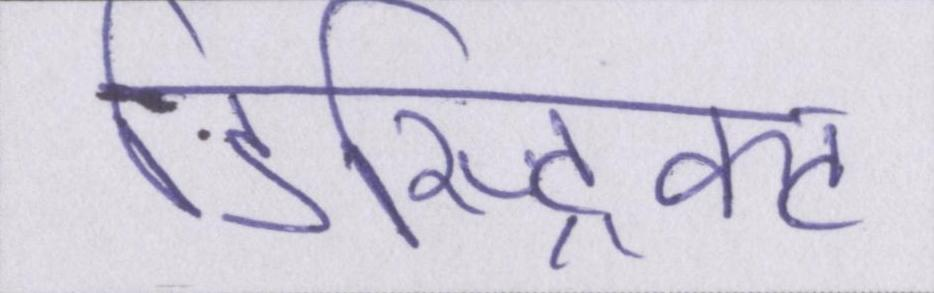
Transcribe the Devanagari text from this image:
डिस्ट्रिक्ट